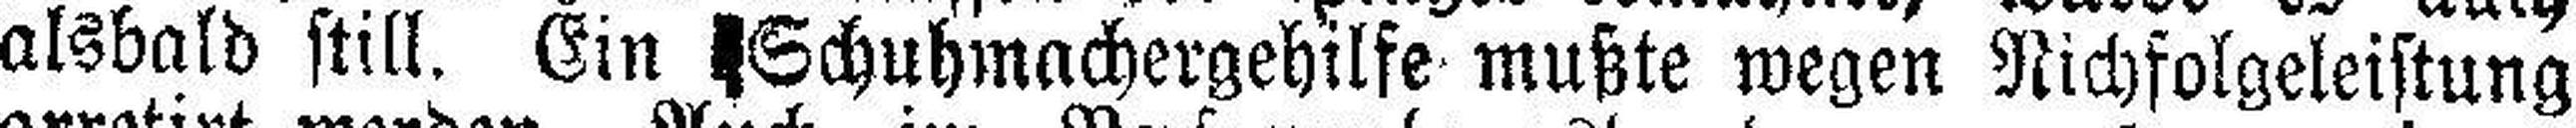
alsbald still. Ein Schuhmachergehilfe mußte wegen Nichfolgeleistung